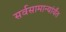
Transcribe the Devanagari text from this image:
सर्वसामान्यांर्यंत